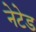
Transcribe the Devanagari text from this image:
नेटेड